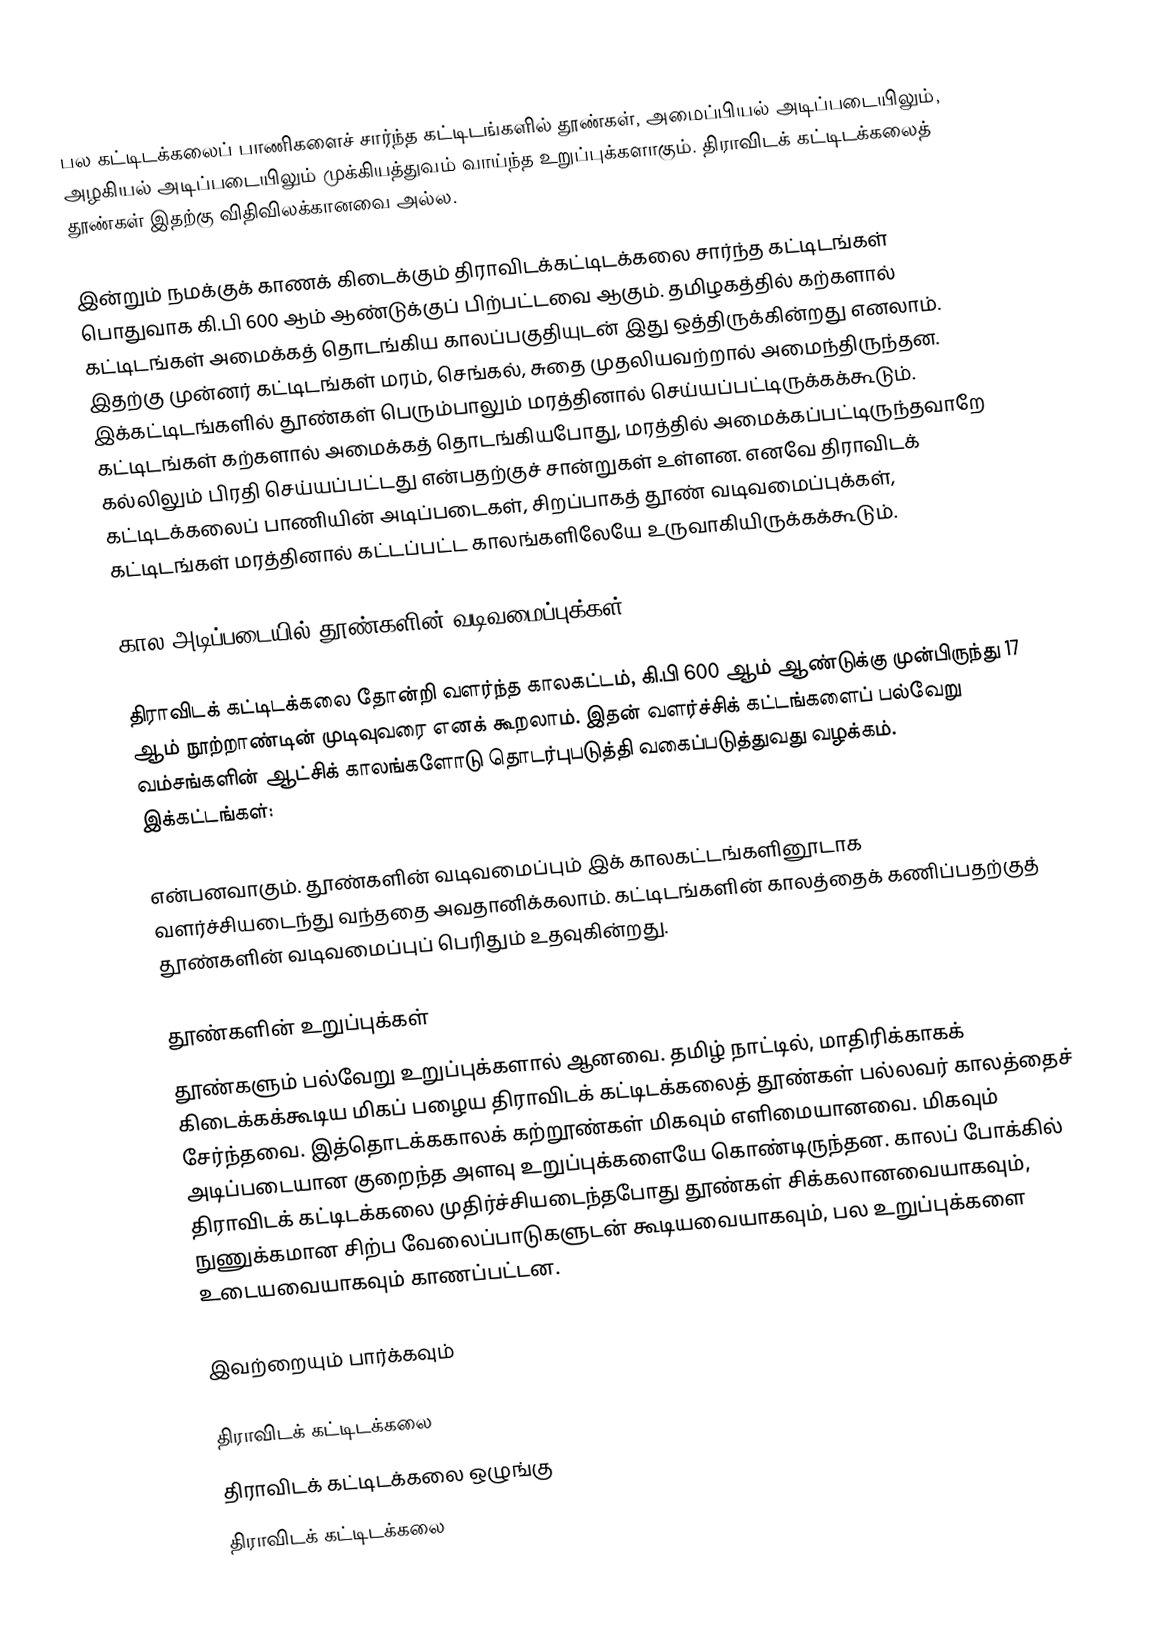
பல கட்டிடக்கலைப் பாணிகளைச் சார்ந்த கட்டிடங்களில் தூண்கள், அமைப்பியல் அடிப்படையிலும், அழகியல் அடிப்படையிலும் முக்கியத்துவம் வாய்ந்த உறுப்புக்களாகும். திராவிடக் கட்டிடக்கலைத் தூண்கள் இதற்கு விதிவிலக்கானவை அல்ல.

இன்றும் நமக்குக் காணக் கிடைக்கும் திராவிடக்கட்டிடக்கலை சார்ந்த கட்டிடங்கள் பொதுவாக கி.பி 600 ஆம் ஆண்டுக்குப் பிற்பட்டவை ஆகும். தமிழகத்தில் கற்களால் கட்டிடங்கள் அமைக்கத் தொடங்கிய காலப்பகுதியுடன் இது ஒத்திருக்கின்றது எனலாம். இதற்கு முன்னர் கட்டிடங்கள் மரம், செங்கல், சுதை முதலியவற்றால் அமைந்திருந்தன. இக்கட்டிடங்களில் தூண்கள் பெரும்பாலும் மரத்தினால் செய்யப்பட்டிருக்கக்கூடும். கட்டிடங்கள் கற்களால் அமைக்கத் தொடங்கியபோது, மரத்தில் அமைக்கப்பட்டிருந்தவாறே கல்லிலும் பிரதி செய்யப்பட்டது என்பதற்குச் சான்றுகள் உள்ளன. எனவே திராவிடக் கட்டிடக்கலைப் பாணியின் அடிப்படைகள், சிறப்பாகத் தூண் வடிவமைப்புக்கள், கட்டிடங்கள் மரத்தினால் கட்டப்பட்ட காலங்களிலேயே உருவாகியிருக்கக்கூடும்.

கால அடிப்படையில் தூண்களின் வடிவமைப்புக்கள்

திராவிடக் கட்டிடக்கலை தோன்றி வளர்ந்த காலகட்டம், கி.பி 600 ஆம் ஆண்டுக்கு முன்பிருந்து 17 ஆம் நூற்றாண்டின் முடிவுவரை எனக் கூறலாம். இதன் வளர்ச்சிக் கட்டங்களைப் பல்வேறு வம்சங்களின் ஆட்சிக் காலங்களோடு தொடர்புபடுத்தி வகைப்படுத்துவது வழக்கம். இக்கட்டங்கள்:

என்பனவாகும். தூண்களின் வடிவமைப்பும் இக் காலகட்டங்களினூடாக வளர்ச்சியடைந்து வந்ததை அவதானிக்கலாம். கட்டிடங்களின் காலத்தைக் கணிப்பதற்குத் தூண்களின் வடிவமைப்புப் பெரிதும் உதவுகின்றது.

தூண்களின் உறுப்புக்கள்
தூண்களும் பல்வேறு உறுப்புக்களால் ஆனவை. தமிழ் நாட்டில், மாதிரிக்காகக் கிடைக்கக்கூடிய மிகப் பழைய திராவிடக் கட்டிடக்கலைத் தூண்கள் பல்லவர் காலத்தைச் சேர்ந்தவை. இத்தொடக்ககாலக் கற்றூண்கள் மிகவும் எளிமையானவை. மிகவும் அடிப்படையான குறைந்த அளவு உறுப்புக்களையே கொண்டிருந்தன. காலப் போக்கில் திராவிடக் கட்டிடக்கலை முதிர்ச்சியடைந்தபோது தூண்கள் சிக்கலானவையாகவும், நுணுக்கமான சிற்ப வேலைப்பாடுகளுடன் கூடியவையாகவும், பல உறுப்புக்களை உடையவையாகவும் காணப்பட்டன.

இவற்றையும் பார்க்கவும்

 திராவிடக் கட்டிடக்கலை
 திராவிடக் கட்டிடக்கலை ஒழுங்கு
திராவிடக் கட்டிடக்கலை